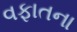
વફાતના